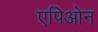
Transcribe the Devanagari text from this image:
एपिओन